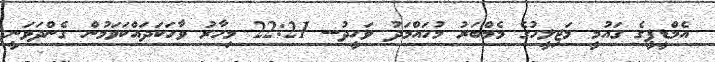
އެމްޑީޕީގެ ގައުމީ މަޖިލީހުގެ މެމްބަރު މުހައްމަދު ވަހީދު-- 22:21 މިހާރު ވާހަކަދައްކަވަމުން ގެންދަވަނީ